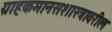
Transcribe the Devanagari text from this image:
ग्राहकमानसशास्त्रावरील